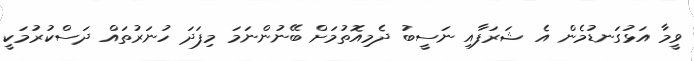
ވީމާ އަޅުގަނޑުމެން އެ ޝަރަފާއި ނަސީބު ދެމިއޮތުމަށް ބޭނުންނަމަ މިފަދަ ހުނަރުތައް ދަސްކުރުމަކީ